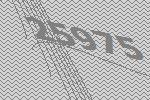
25975